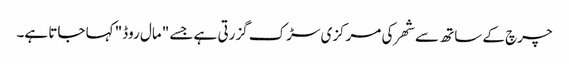
چرچ کے ساتھ سے شھر کی مرکزی سڑک گزرتی ہے جسے "مال روڈ" کہا جاتا ہے۔